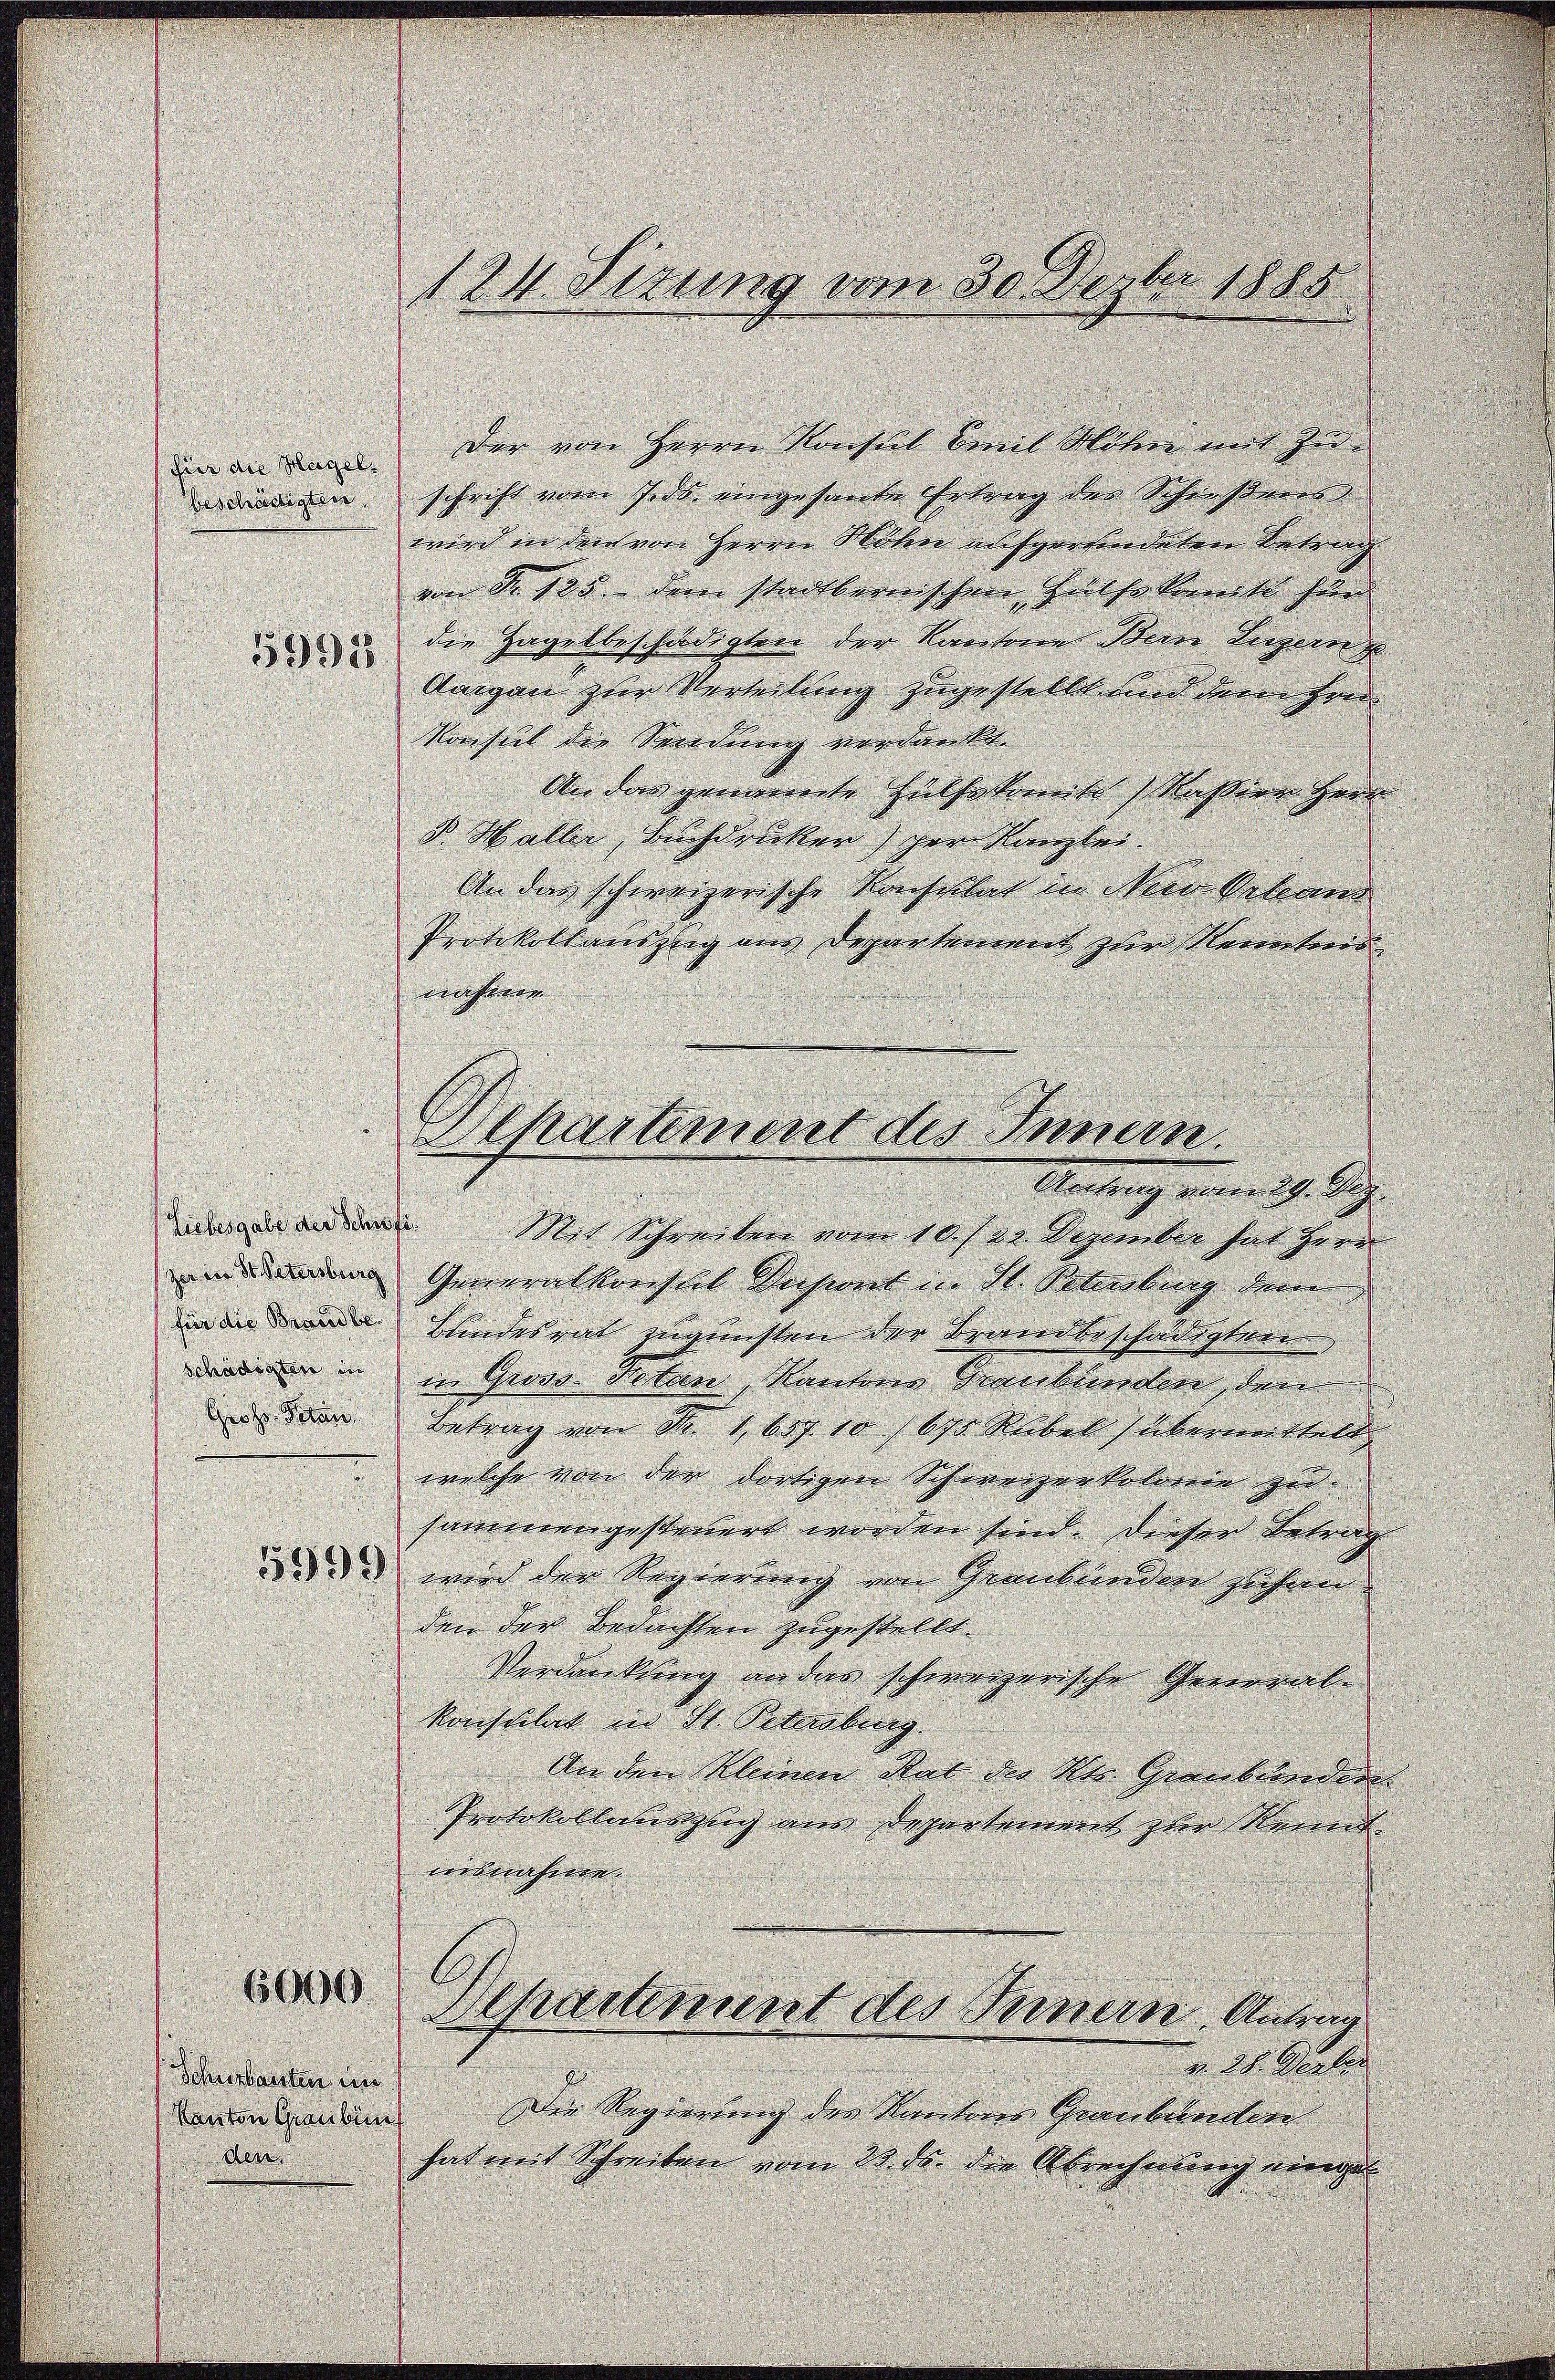
3993

dn die Kapel. Der von Herrn Konsul bemit Mohen mit Zudnn schrift vom 7. ds. eingehande Ertrag des Schießvers
wird in den von Herrn Molen aufgerfindeten Betrag
von Nr. 105. dem stadtbernischen Heils komite für
die Hagelbeschädigten der Kantone Bern Luzern
Aargau zur Verteilung zugestellt und dem Hrn
Konsul die Sendung verdankt.
An das genannte Hülfskomite (Kassier Herrn
P. Haller, Buchdrucker) per Kanzlei.
An das schweizerische Konsulat in New bebaus
Protokollauszug aus Departement zur Kenntnis
aisten
Antrag vom 29. Dez.
. Mit Schreiben vom 10. f. 22. Dezember hat Herr
inen Generalkonstit Insint in St. Petenburg dem
 inde Kindesrat zugunsten der Brandbeschädigten
digen in in Groso Netan, Mantens Graubünden, den
 Betrag von R. 1. 67. 10 1670 Rubel übermittelt
 welche von der dortigen Schweizerkolonie zu
sammengesteuert worden sind. Dieser Betrag
3 wird der Regierung von Graubünden suchen
den der Bedachten zugestellt.
Verdankung an das schweizerische General-
konsulat in St. Petersburg.
An den Kleinen Rat des Kts. Graubünden
Protokollauszug aus Departement zur Kennt
ibnahme.
6600.
Departement des Fernern Antrag
v. 28. Gerber
Scheerbauten vers
Die Regierung des Kantons Graubünden
Kanton Graubün
hat mit Schreiben vom 28. ds. die Abrechnung einge¬

den

124. Situng vom 30. Dezbr 1885

Departement des Innern.